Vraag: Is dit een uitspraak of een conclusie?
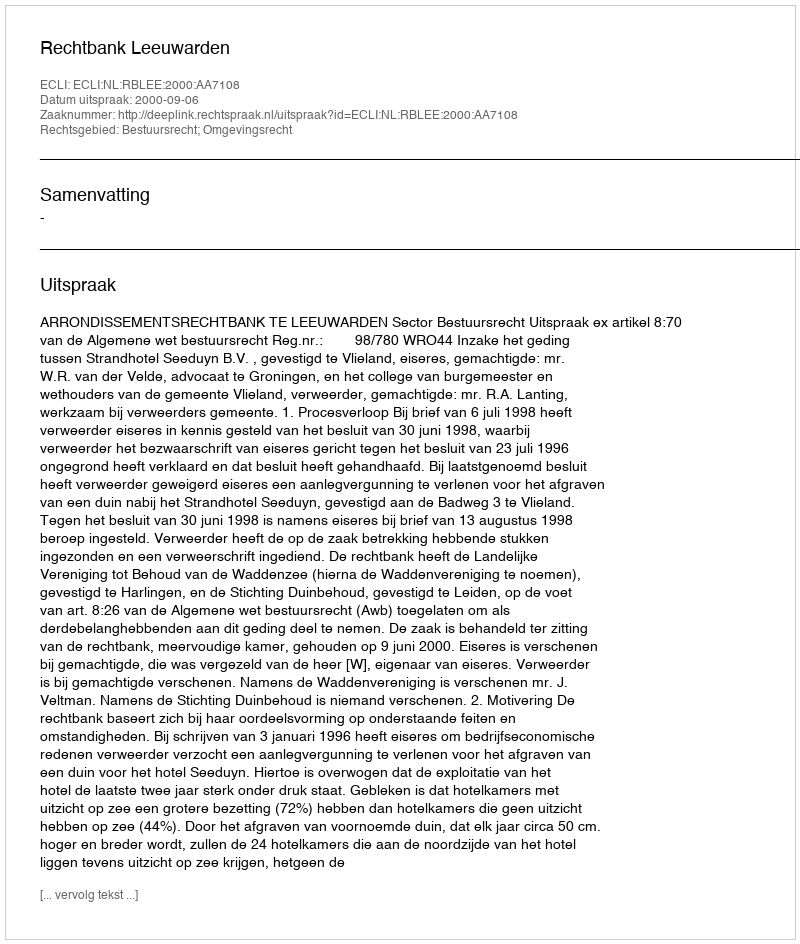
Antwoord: Uitspraak